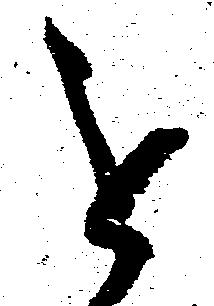
を